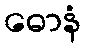
ဓောနံ